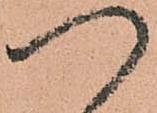
つ